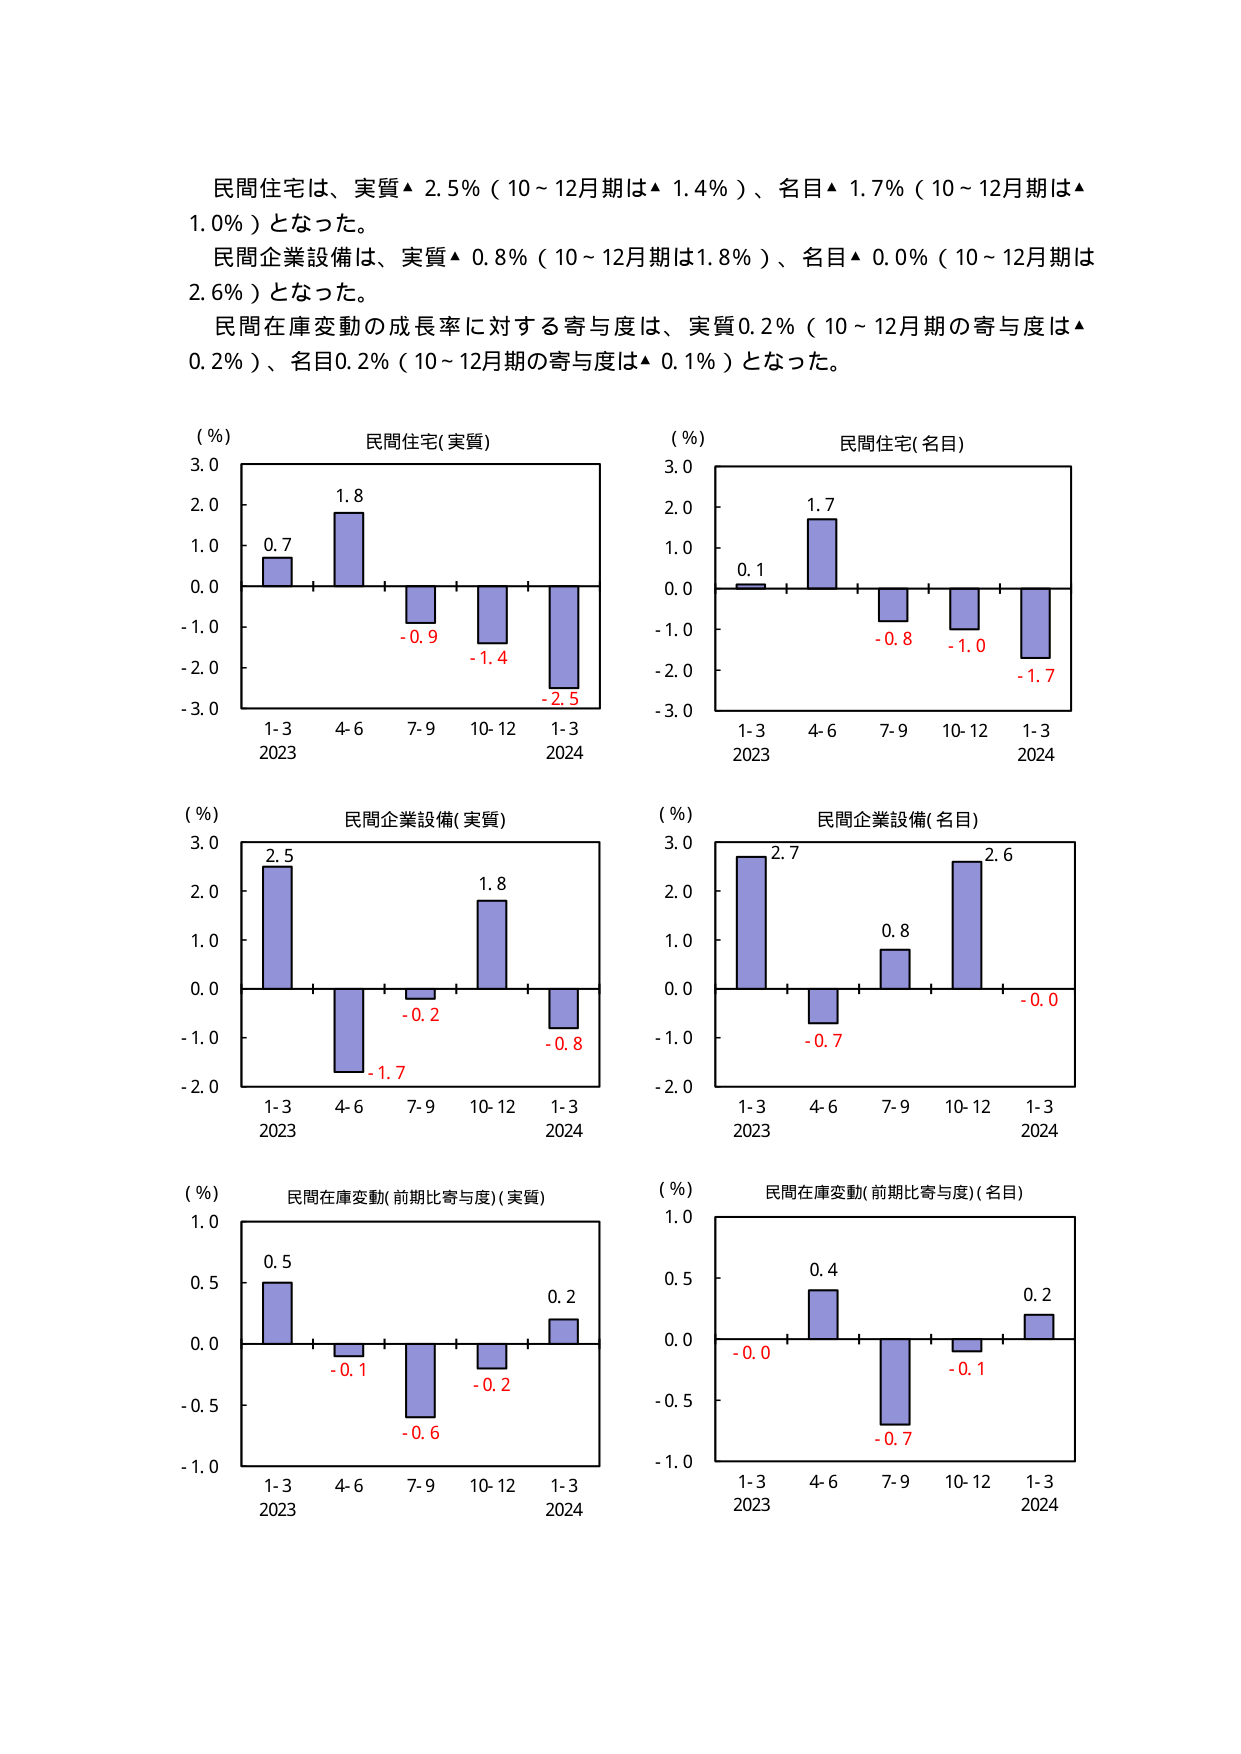
民間住宅は、実質▲ 2.5%（10～12月期は▲ 1.4%）、名目▲ 1.7%（10～12月期は▲ 1.0%）となった。
民間企業設備は、実質▲ 0.8%（10～12月期は1.8%）、名目▲ 0.0%（10～12月期は2.6%）となった。
民間在庫変動の成長率に対する寄与度は、実質0.2%（10～12月期の寄与度は▲ 0.2%）、名目0.2%（10～12月期の寄与度は▲ 0.1%）となった。

(%) 民間住宅(実質)
3.0
2.0
1.0
0.0
-1.0
-2.0
-3.0
0.7
1.8
-0.9
-1.4
-2.5
1-3 4-6 7-9 10-12 1-3
2023 2024

(%) 民間住宅(名目)
3.0
2.0
1.0
0.0
-1.0
-2.0
-3.0
0.1
1.7
-0.8
-1.0
-1.7
1-3 4-6 7-9 10-12 1-3
2023 2024

(%) 民間企業設備(実質)
3.0
2.0
1.0
0.0
-1.0
-2.0
2.5
-1.7
-0.2
1.8
-0.8
1-3 4-6 7-9 10-12 1-3
2023 2024

(%) 民間企業設備(名目)
3.0
2.0
1.0
0.0
-1.0
-2.0
2.7
-0.7
0.8
2.6
-0.0
1-3 4-6 7-9 10-12 1-3
2023 2024

(%) 民間在庫変動(前期比寄与度)(実質)
1.0
0.5
0.0
-0.5
-1.0
0.5
-0.1
-0.6
-0.2
0.2
1-3 4-6 7-9 10-12 1-3
2023 2024

(%) 民間在庫変動(前期比寄与度)(名目)
1.0
0.5
0.0
-0.5
-1.0
-0.0
0.4
-0.7
-0.1
0.2
1-3 4-6 7-9 10-12 1-3
2023 2024